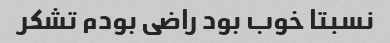
نسبتا خوب بود راضی بودم تشکر